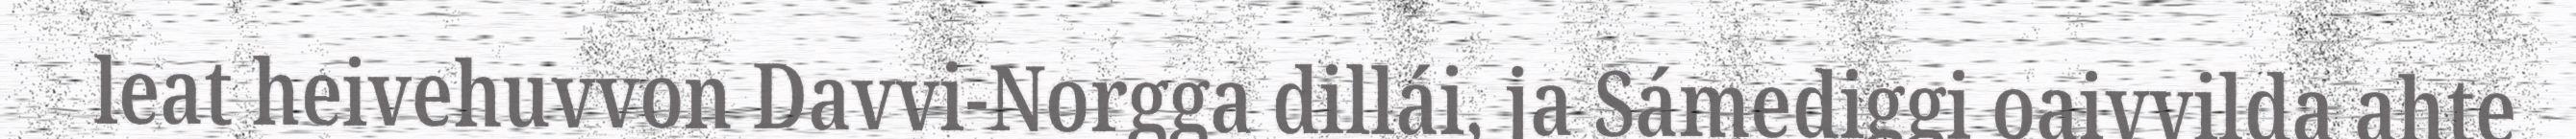
leat heivehuvvon Davvi-Norgga dillái, ja Sámediggi oaivvilda ahte